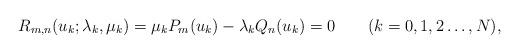
LaTeX: \begin{align*}R_{m,n}(u_k;\lambda_k,\mu_k)=\mu_k P_m(u_k)-\lambda_k Q_n(u_k)=0\qquad(k=0,1,2\ldots,N), \end{align*}